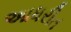
આધરીત